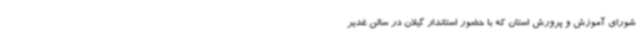
شورای آموزش و پرورش استان که با حضور استاندار گیلان در سالن غدیر